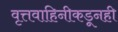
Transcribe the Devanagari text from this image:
वृत्तवाहिनीकडूनही